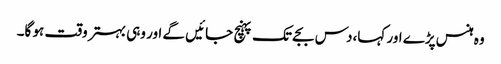
وہ ہنس پڑے اور کہا،دس بجے تک پہنچ جائیں گے اور وہی بہتر وقت ہو گا۔